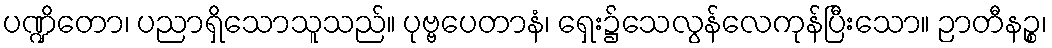
ပဏ္ဍိတော၊ ပညာရှိသောသူသည်။ ပုဗ္ဗပေတာနံ၊ ရှေး၌သေလွန်လေကုန်ပြီးသော။ ဉာတီနဉ္စ၊